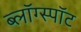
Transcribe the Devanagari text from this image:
ब्लॉग्स्पॉट